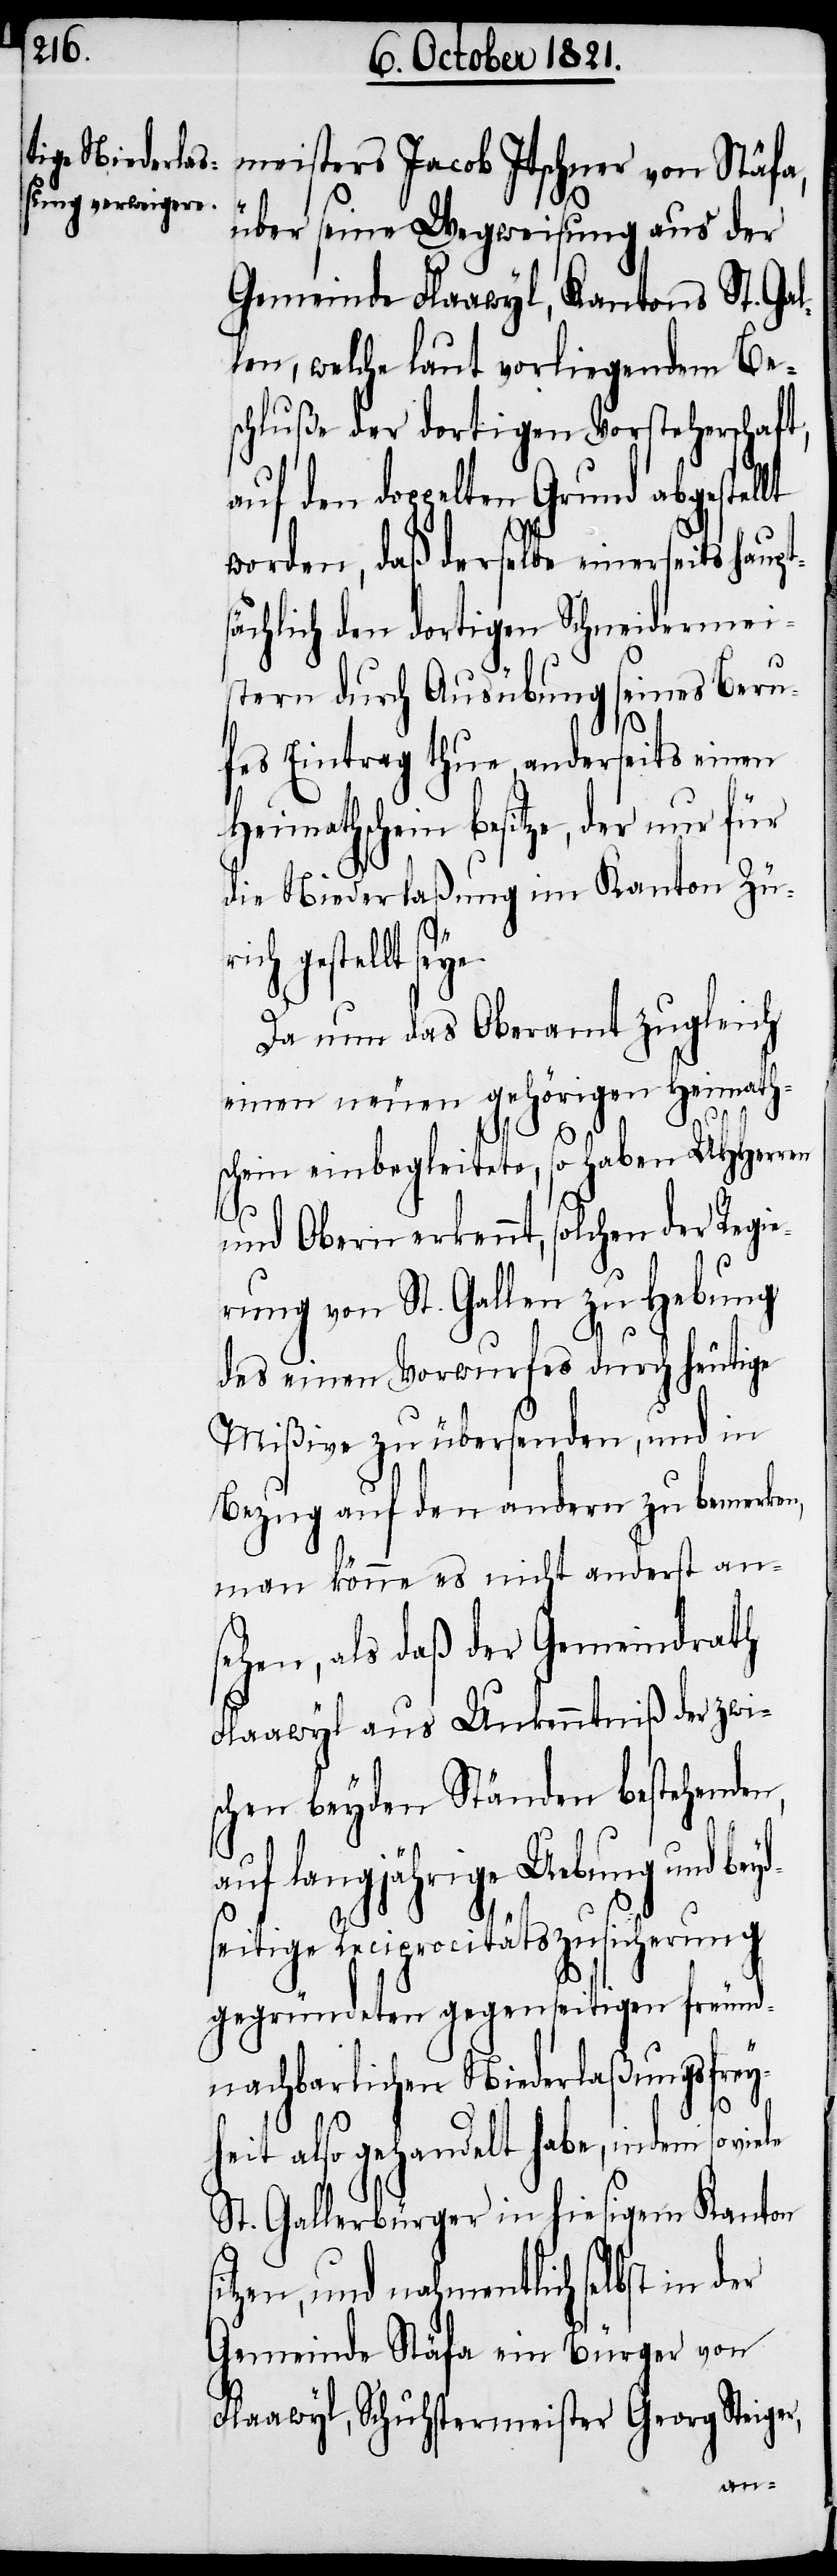
meisters Jacob Itschner von Stäfa,
über seine Wegweisung aus der
Gemeinde Flaawyl, Kantons St. Gal¬
len, welche laut vorliegendem Be¬
schluße der dortigen Vorsteherschaft,
auf den doppelten Grund abgestel¬
worden, daß derselbe einerseits haupt¬
sächlich den dortigen Schneidermei¬
stern durch Ausübung seines Beru¬
fes Eintrag thue, anderseits einen
die Niederlaßung im Kanton Zür¬
Da nun das Oberamt zugleich
einen neuen gehörigen Heimath¬
schein einbegleitete, so haben UHHerren
und Obern erkennt, solchen der Regie¬
rung von St. Gallen zu Hebung
des einen Vorwurfs durch heutige
Mißive zu übersenden, und in
Bezug auf den andern zu bemerken,
man könne es nicht anderst an¬
sehen, als daß der Gemeindrath
Flaawyl aus Unkenntniß der zwi¬
schen beyden Ständen bestehenden,
nahmentlich selbst in der
eitige Reciprocitätszusicherung
gegründeten gegenseitigen freund¬
chaftlichen Niederlaßungsfrey¬
so
r,
eit also gehandelt habe, indem
St. Gallerbürger in hiesigem Kanton
Gemeinde Stäfa ein Bürger von
Flaawyl, Schuhstermeister Georg Steige¬
au¬